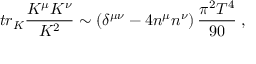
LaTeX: t r _ { K } \frac { K ^ { \mu } K ^ { \nu } } { K ^ { 2 } } \sim \left( \delta ^ { \mu \nu } - 4 n ^ { \mu } n ^ { \nu } \right) \frac { \pi ^ { 2 } T ^ { 4 } } { 9 0 } \; ,